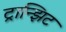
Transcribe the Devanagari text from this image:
ट्रान्झिट